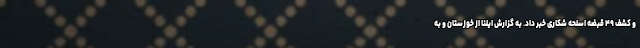
و کشف ۴۹ قبضه اسلحه شکاری خبر داد. به گزارش ایلنا از خوزستان و به